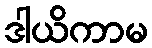
ဒါယိကာမ